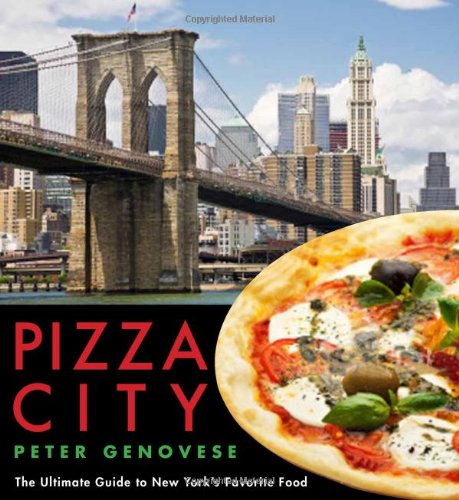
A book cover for Pizza City: The Ultimate Guide to New York's Favorite Food (Rivergate Regionals); Peter Genovese; Cookbooks, Food & Wine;